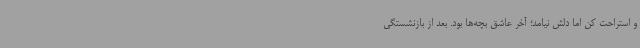
و استراحت کن اما دلش نیامد؛ آخر عاشق بچه‌ها بود. بعد از بازنشستگی